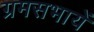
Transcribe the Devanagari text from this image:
ग्रमसभायें